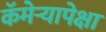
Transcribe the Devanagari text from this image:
कॅमेर्‍यापेक्षा